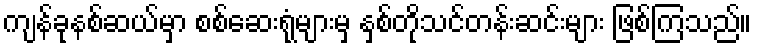
ကျန်ခုနစ်ဆယ်မှာ စစ်ဆေးရုံများမှ နှစ်တိုသင်တန်းဆင်းများ ဖြစ်ကြသည်။